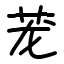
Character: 茏